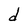
Character: d